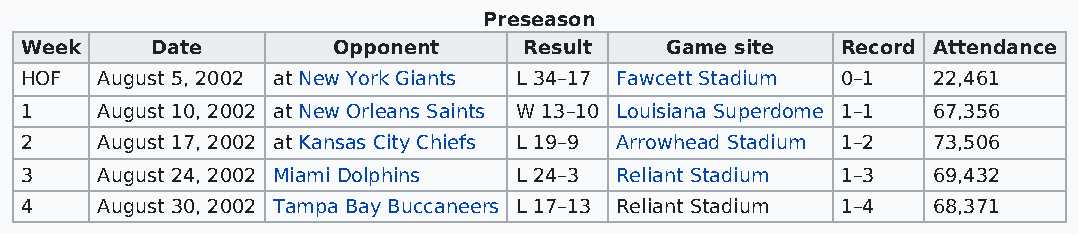
Preseason
 Week     Date        Opponent     Result   Game site   Record Attendance
 HOF  August 5, 2002 at New York Giants L 34–17 Fawcett Stadium 0–1 22,461
 1    August 10, 2002 at New Orleans Saints W 13–10 Louisiana Superdome 1–1 67,356
 2    August 17, 2002 at Kansas City Chiefs L 19–9 Arrowhead Stadium 1–2 73,506
 3    August 24, 2002 Miami Dolphins L 24–3 Reliant Stadium 1–3 69,432
 4    August 30, 2002 Tampa Bay Buccaneers L 17–13 Reliant Stadium 1–4 68,371